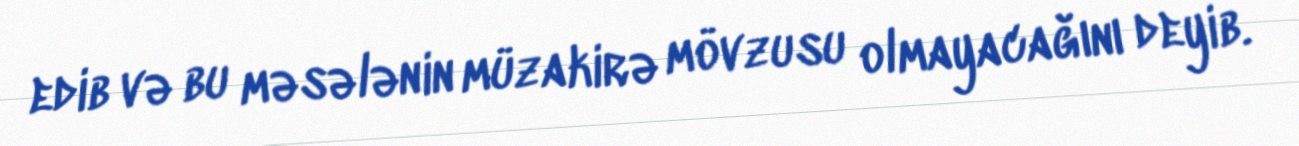
edib və bu məsələnin müzakirə mövzusu olmayacağını deyib.